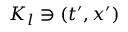
K _ { l } \owns ( t ^ { \prime } , x ^ { \prime } )